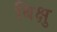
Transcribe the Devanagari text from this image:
बिक्षु